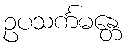
ဥပသင်္ကမန္တေ